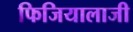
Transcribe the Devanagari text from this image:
फिजियालाजी